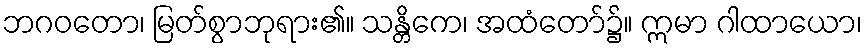
ဘဂဝတော၊ မြတ်စွာဘုရား၏။ သန္တိကေ၊ အထံတော်၌။ ဣမာ ဂါထာယော၊